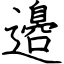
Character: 邉